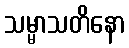
သမ္မာသတိနော